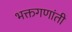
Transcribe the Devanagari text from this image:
भक्तगणांती